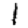
Digit: 1